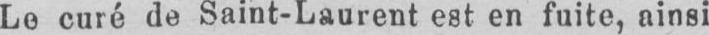
Le curé de Saint-Laurent est en fuite, ainsi